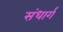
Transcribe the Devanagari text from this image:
संधार्ग